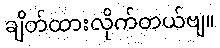
ချိတ်ထားလိုက်တယ်ဗျ။